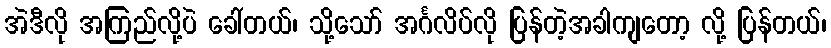
အဲဒီလို အကြည်လို့ပဲ ခေါ်တယ်၊ သို့သော် အင်္ဂလိပ်လို ပြန်တဲ့အခါကျတော့ လို့ ပြန်တယ်၊